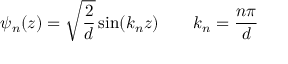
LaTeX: \psi _ { n } ( z ) = { \sqrt { \frac { 2 } { d } } } \sin ( k _ { n } z ) \qquad k _ { n } = { \frac { n \pi } { d } }